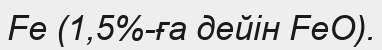
Fe (1,5%-ға дейін FeO).